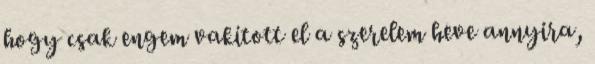
hogy csak engem vakított el a szerelem heve annyira,